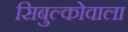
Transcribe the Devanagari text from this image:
सिबुल्कोवाला